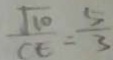
\frac { \sqrt { 1 0 } } { C E } = \frac { 5 } { 3 }